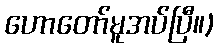
ဟောတော်မူအပ်ပြီ။)